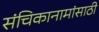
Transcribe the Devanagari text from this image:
संचिकानामांसाठी